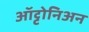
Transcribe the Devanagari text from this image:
ऑट्टोनिअन